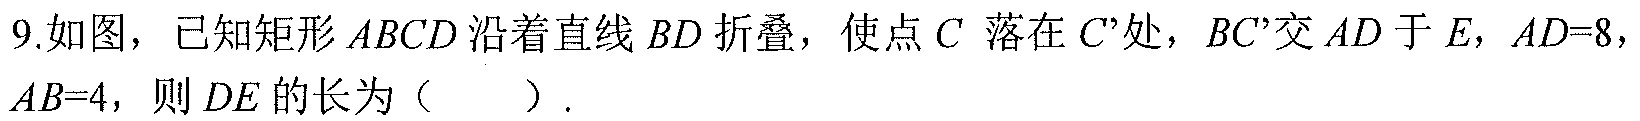
9.如图，已知矩形$ABCD$沿着直线$BD$折叠，使点$C$ 落在$C'$处，$BC'$交$AD$于$E$，$AD = 8$，$AB = 4$，则$DE$的长为（  ）.